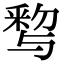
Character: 𨤒